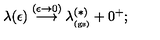
\lambda ( \epsilon ) \stackrel { ( \epsilon \rightarrow 0 ) } { \longrightarrow } \lambda _ { _ \mathrm { ( g s ) } } ^ { ( \ast ) } + 0 ^ { + } ;